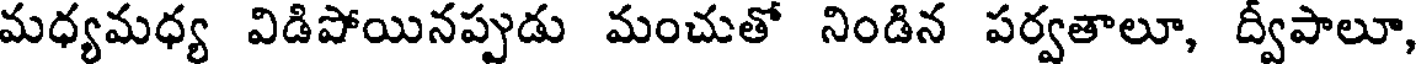
మధ్యమధ్య విడిపోయినప్పుడు మంచుతో నిండిన పర్వతాలూ, ద్విపాలూ,